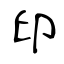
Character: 印